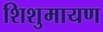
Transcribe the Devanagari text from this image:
शिशुमायण